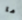
ما